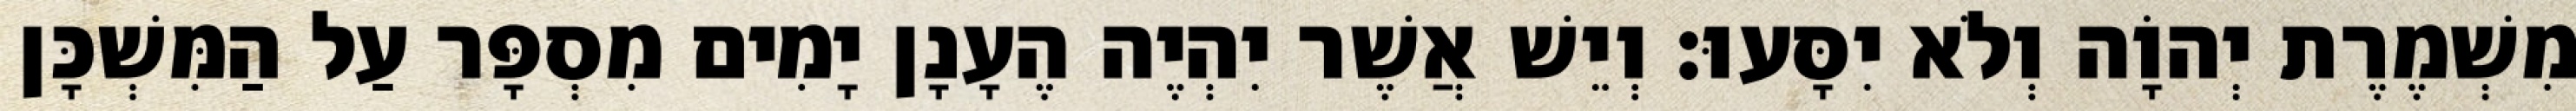
מִשְׁמֶרֶת יְהוָֹה וְלֹא יִסָּעוּ׃ וְיֵשׁ אֲשֶׁר יִהְיֶה הֶעָנָן יָמִים מִסְפָּר עַל הַמִּשְׁכָּן